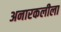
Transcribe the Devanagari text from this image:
अनारकलीला